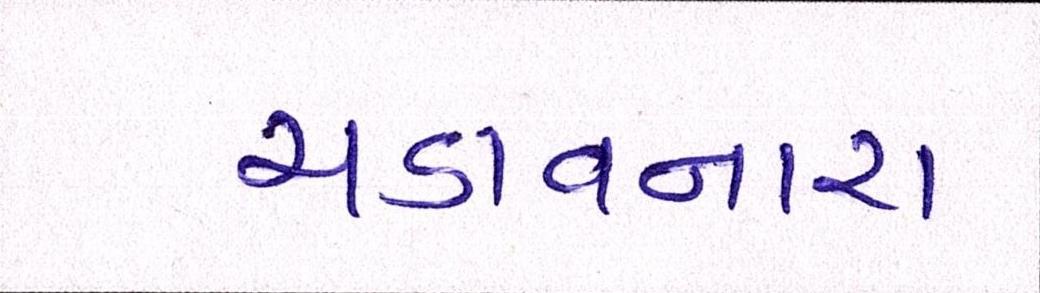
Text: ચડાવનારા